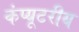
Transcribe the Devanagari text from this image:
कंप्यूटरीय